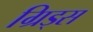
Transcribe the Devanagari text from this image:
ग्रिड्स